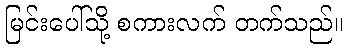
မြင်းပေါ်သို့ စကားလက် တက်သည်။